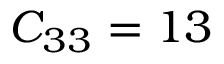
C _ { 3 3 } = 1 3